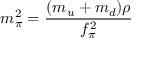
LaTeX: m _ { \pi } ^ { 2 } = \frac { ( m _ { u } + m _ { d } ) \rho } { f _ { \pi } ^ { 2 } }